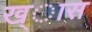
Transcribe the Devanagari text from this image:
ख्ास